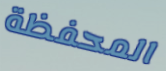
المحفظة